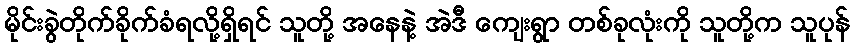
မိုင်းခွဲတိုက်ခိုက်ခံရလို့ရှိရင် သူတို့ အနေနဲ့ အဲဒီ ကျေးရွာ တစ်ခုလုံးကို သူတို့က သူပုန်